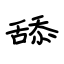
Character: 舔